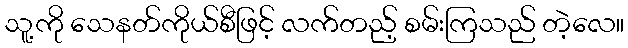
သူ့ကို သေနတ်ကိုယ်စီဖြင့် လက်တည့် စမ်းကြသည် တဲ့လေ။